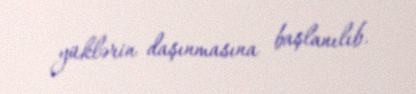
yüklərin daşınmasına başlanılıb.